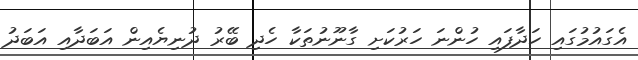
އެގައުމުގައި ހަދާފައި ހުންނަ ހަރުކަށި ގާނޫނުތަކާ ހެދި ބޭރު ދުނިޔެއިން އަބަދާއި އަބަދު